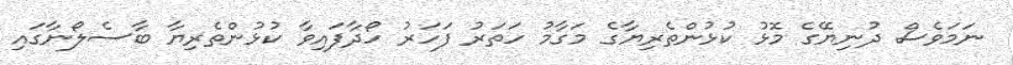
ނަމަވެސް ދުނިޔޭގެ މޮޅު ކުޅުންތެރިޔާގެ މަގާމު ހަތަރު ފަހަރު ހޯދާފައިވާ ކުޅުންތެރިޔާ ބާސެލޯނާގައި